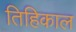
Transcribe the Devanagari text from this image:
तिहिकाल